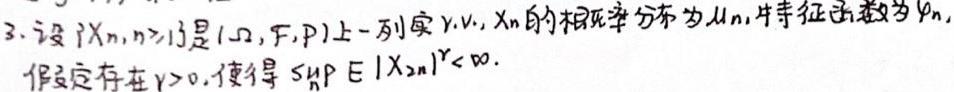
3. 设 $\{X_n, n\geq1\}$ 是 $(\Omega, \mathcal{F}, P)$ 上一列实 r.v., $X_n$ 的相应分布为 $\mu_n$, 特征函数为 $\varphi_n$, 假定存在 $\gamma > 0$, 使得 $\sup_{n} E|X_{2n}|^{\gamma}<\infty$.